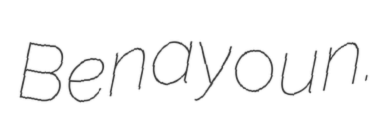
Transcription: Benayoun.